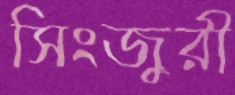
সিংজুরী